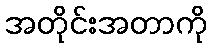
အတိုင်းအတာကို